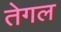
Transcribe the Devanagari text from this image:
तेगल